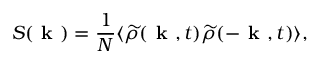
S ( \ensuremath { \textbf { k } } ) = \frac { 1 } { N } \ensuremath { \langle { \widetilde { \rho } ( \ensuremath { \textbf { k } } , t ) \widetilde { \rho } ( - \ensuremath { \textbf { k } } , t ) } \rangle } ,